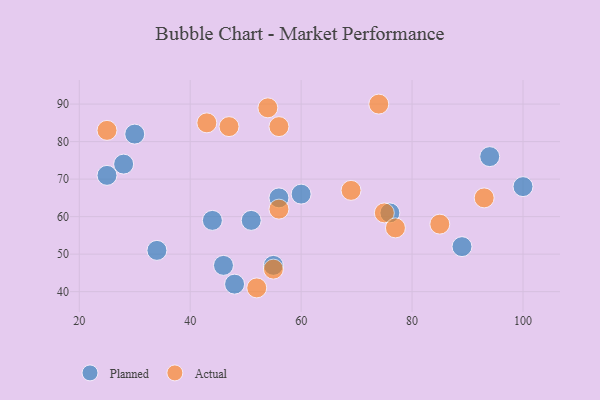
{"axis": {"x": "GDP", "y": "Life Expectancy"}, "legend": ["Actual", "Planned"], "data": [{"x": "46", "y": 47, "type": "Planned"}, {"x": "44", "y": 59, "type": "Planned"}, {"x": "51", "y": 59, "type": "Planned"}, {"x": "28", "y": 74, "type": "Planned"}, {"x": "48", "y": 42, "type": "Planned"}, {"x": "60", "y": 66, "type": "Planned"}, {"x": "56", "y": 65, "type": "Planned"}, {"x": "100", "y": 68, "type": "Planned"}, {"x": "25", "y": 71, "type": "Planned"}, {"x": "94", "y": 76, "type": "Planned"}, {"x": "30", "y": 82, "type": "Planned"}, {"x": "89", "y": 52, "type": "Planned"}, {"x": "55", "y": 47, "type": "Planned"}, {"x": "34", "y": 51, "type": "Planned"}, {"x": "76", "y": 61, "type": "Planned"}, {"x": "43", "y": 85, "type": "Actual"}, {"x": "55", "y": 46, "type": "Actual"}, {"x": "85", "y": 58, "type": "Actual"}, {"x": "52", "y": 41, "type": "Actual"}, {"x": "69", "y": 67, "type": "Actual"}, {"x": "75", "y": 61, "type": "Actual"}, {"x": "74", "y": 90, "type": "Actual"}, {"x": "56", "y": 84, "type": "Actual"}, {"x": "54", "y": 89, "type": "Actual"}, {"x": "47", "y": 84, "type": "Actual"}, {"x": "56", "y": 62, "type": "Actual"}, {"x": "77", "y": 57, "type": "Actual"}, {"x": "93", "y": 65, "type": "Actual"}, {"x": "25", "y": 83, "type": "Actual"}]}